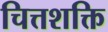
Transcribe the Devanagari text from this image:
चित्तशक्ति